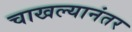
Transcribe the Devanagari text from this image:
चाखल्यानंतर